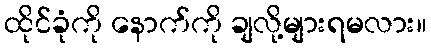
ထိုင်ခုံကို နောက်ကို ချလို့များရမလား။